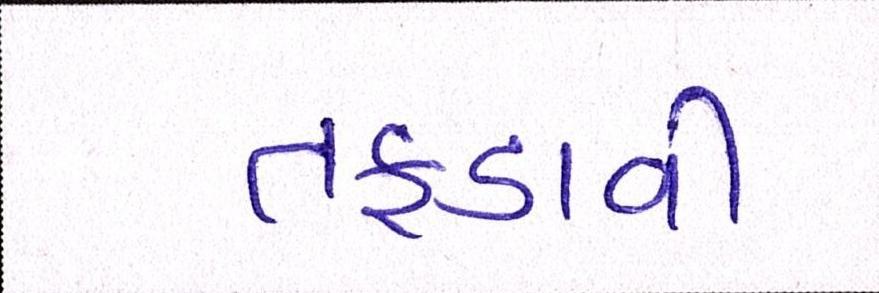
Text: તફડાવી